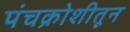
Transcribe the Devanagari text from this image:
पंचक्रोशीतून